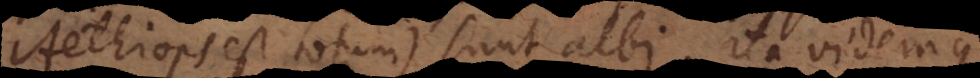
Aethiops est totum) sunt albi. Ita videmus